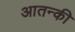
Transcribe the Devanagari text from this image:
आतन्की